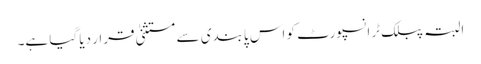
البتہ پبلک ٹرانسپورٹ کو اس پابندی سے مستثنیٰ قرار دیا گیا ہے۔